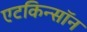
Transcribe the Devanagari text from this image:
एटकिन्सॉन